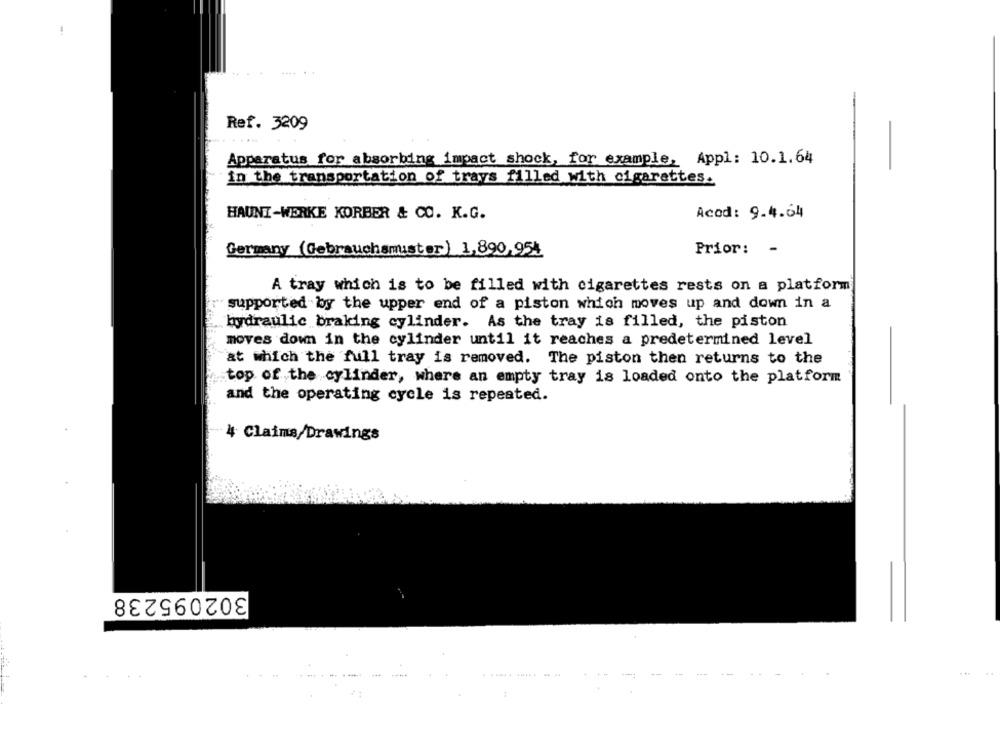
Ref. 3209
Apparatus for absorbing impact shock, for example, Appl: 10.1.64
in the transportation of trays filled with cigarettes.
HAUNT-WERKE KORBER & CO. K.G.
Acod: 9.4.64
Germany (Gebrauchsmuster) 1,890,954
Prior :-
A tray which is to be filled with cigarettes rests on a platform
supported by the upper end of a piston which moves up and down in a
hydraulic braking cylinder. As the tray is filled, the piston
moves down in the cylinder until it reaches a predetermined level
at which the full tray is removed. The piston then returns to the
top of the cylinder, where an empty tray is loaded onto the platform
and the operating cycle is repeated.
4 Claims/Drawings
302095238
--
--
.